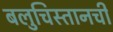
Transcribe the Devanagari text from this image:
बलुचिस्तानची